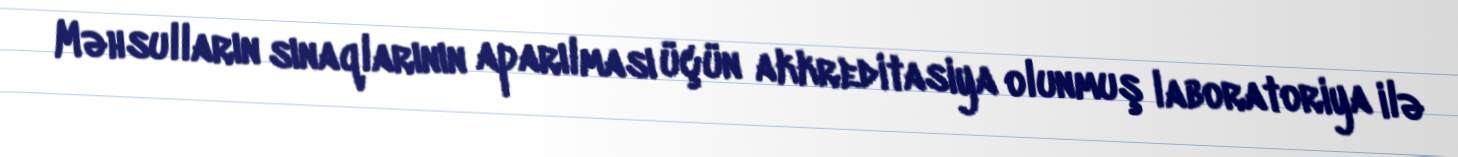
Məhsulların sınaqlarının aparılması üçün akkreditasiya olunmuş laboratoriya ilə